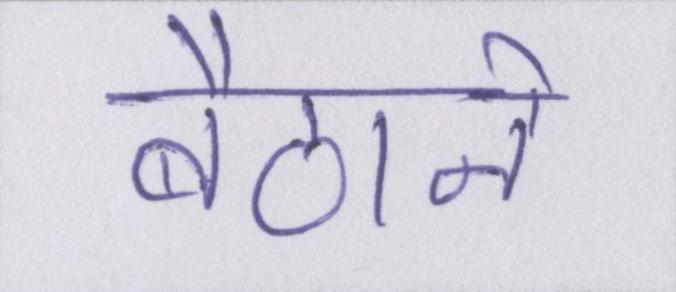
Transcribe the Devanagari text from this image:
बैठाने